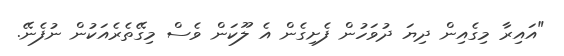
"އައިރާ މިގެއިން ދިޔަ ދުވަހުން ފެށިގެން އެ ލޫކަން ވެސް މިގޭތެރެއަކުން ނުފެނޭ.